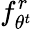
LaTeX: f_{\theta^{t}}^{r}